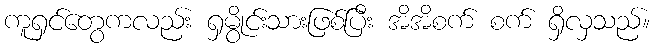
ကူရှင်တွေကလည်း ရှမွိုင်းသားဖြစ်ပြီး အိအိစက် စက် ရှိလှသည်။